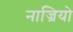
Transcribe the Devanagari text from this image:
नाज्रियो